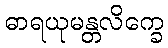
ဓာရယုမန္တလိက္ခေ